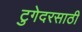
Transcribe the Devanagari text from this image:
टुगेदरसाठी